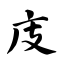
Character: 庋